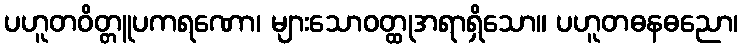
ပဟူတဝိတ္တူပကရဏော၊ များသောဝတ္ထုအရာရှိသော။ ပဟူတဓနဓညော၊